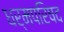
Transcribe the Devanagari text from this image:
धर्मपरिषद